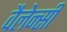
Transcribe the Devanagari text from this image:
वैलेन्सी